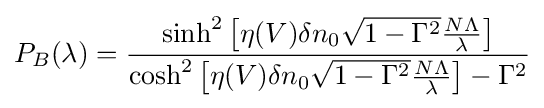
P_{B}(\lambda )={\frac {\sinh ^{2}\left[\eta (V)\delta n_{0}{\sqrt {1-\Gamma ^{2}}}{\frac {N\Lambda }{\lambda }}\right]}{\cosh ^{2}\left[\eta (V)\delta n_{0}{\sqrt {1-\Gamma ^{2}}}{\frac {N\Lambda }{\lambda }}\right]-\Gamma ^{2}}}